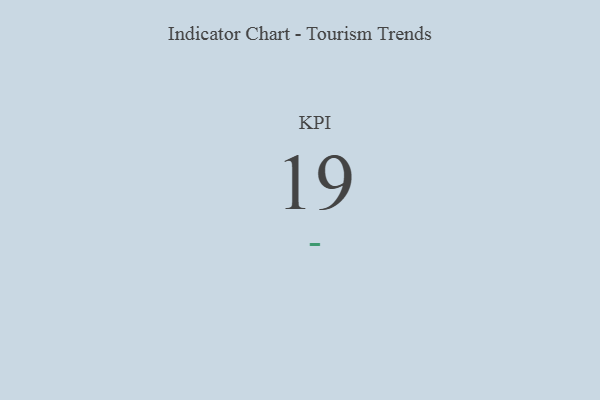
{"axis": {"x": "KPI", "y": "Value"}, "legend": [""], "data": [{"x": "KPI", "y": 19, "type": ""}]}